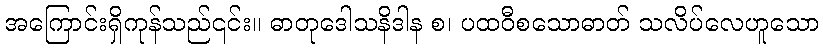
အကြောင်းရှိကုန်သည်၎င်း။ ဓာတုဒေါသနိဒါန စ၊ ပထဝီစသောဓာတ် သလိပ်လေဟူသော